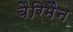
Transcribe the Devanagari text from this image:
बैरिमैन